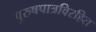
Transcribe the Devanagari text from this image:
पुरुषपात्रविरहित